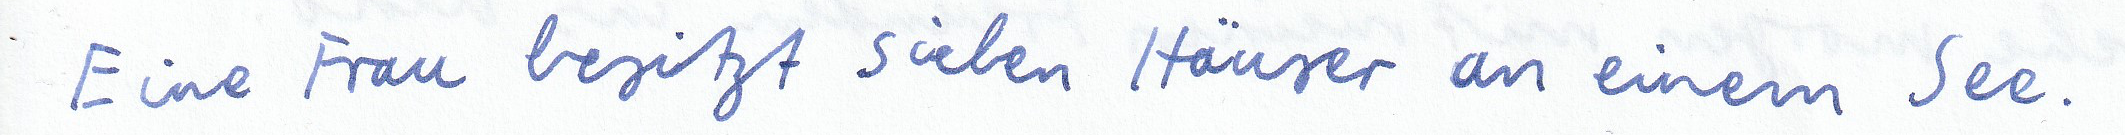
Eine Frau besitzt sieben Häuser an einem See.